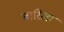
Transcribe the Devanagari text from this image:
बारिला